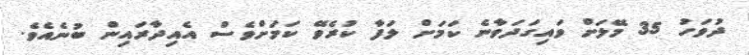
ދުވަހު 35 މޭލަށް ވައިގަދަވާނެ ކަމަށް ލަފާ ކުރެވޭ ކަމަށްވެސް އެއިދާރައިން ބުނެއެވެ.